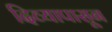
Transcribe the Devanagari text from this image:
दिव्यापासून